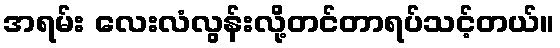
အရမ်း လေးလံလွန်းလို့တင်တာရပ်သင့်တယ်။